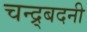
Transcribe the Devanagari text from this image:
चन्द्र्बदनी